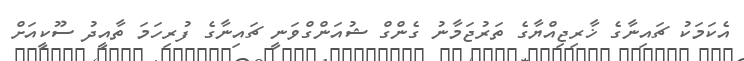
އެކަމަކު ޗައިނާގެ ޚާރިޖިއްޔާގެ ތަރުޖަމާނު ގެންގް ޝުއަންގްވަނީ ޗައިނާގެ ފުރިހަމަ ތާއީދު ސޫކީއަށް